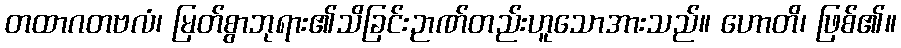
တထာဂတဗလံ၊ မြတ်စွာဘုရား၏သိခြင်းဉာဏ်တည်းဟူသောအားသည်။ ဟောတိ၊ ဖြစ်၏။